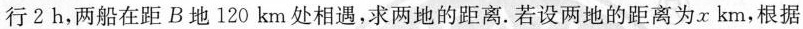
行 2 h，两船在距B地 120 km处相遇，求两地的距离。若设两地的距离为x km，根据